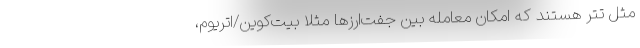
مثل تتر هستند که امکان معامله بین‌ جفت‌ارزها مثلا بیت‌کوین/اتریوم،